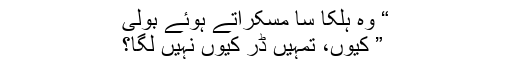
“ وہ ہلکا سا مسکراتے ہوئے بولی
” کیوں، تمہیں ڈر کیوں نہیں لگا؟